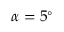
\alpha = 5 ^ { \circ }